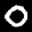
Label: 0